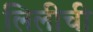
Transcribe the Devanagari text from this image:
लिलीची